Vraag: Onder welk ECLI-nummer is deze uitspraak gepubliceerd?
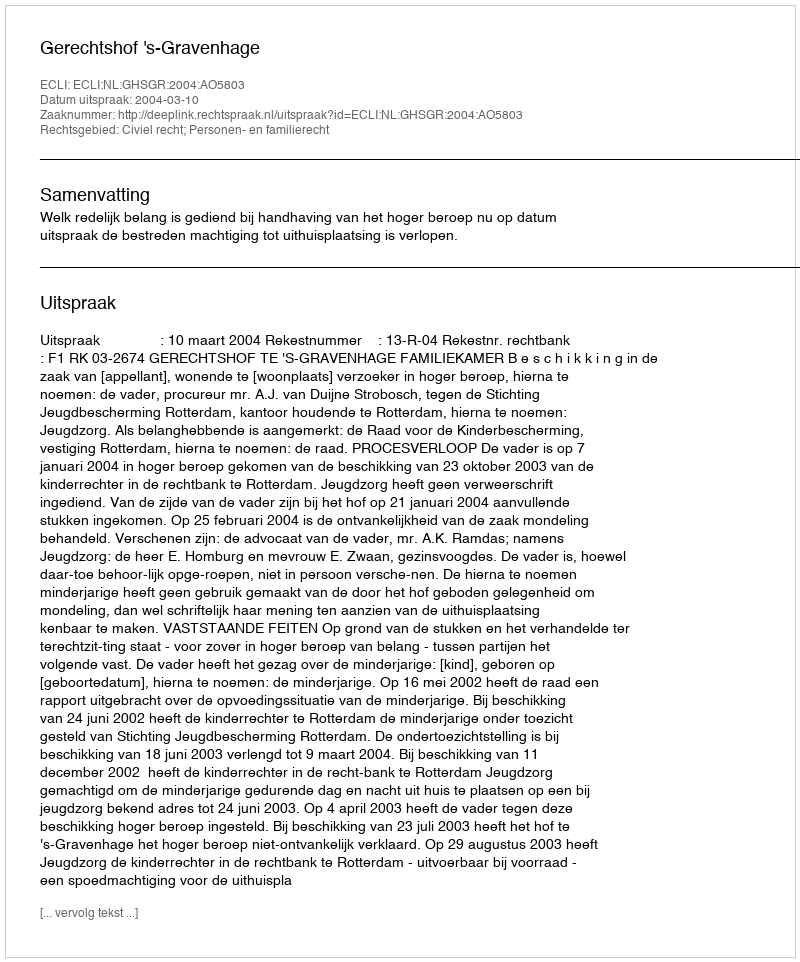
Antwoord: ECLI:NL:GHSGR:2004:AO5803